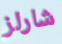
شارلز